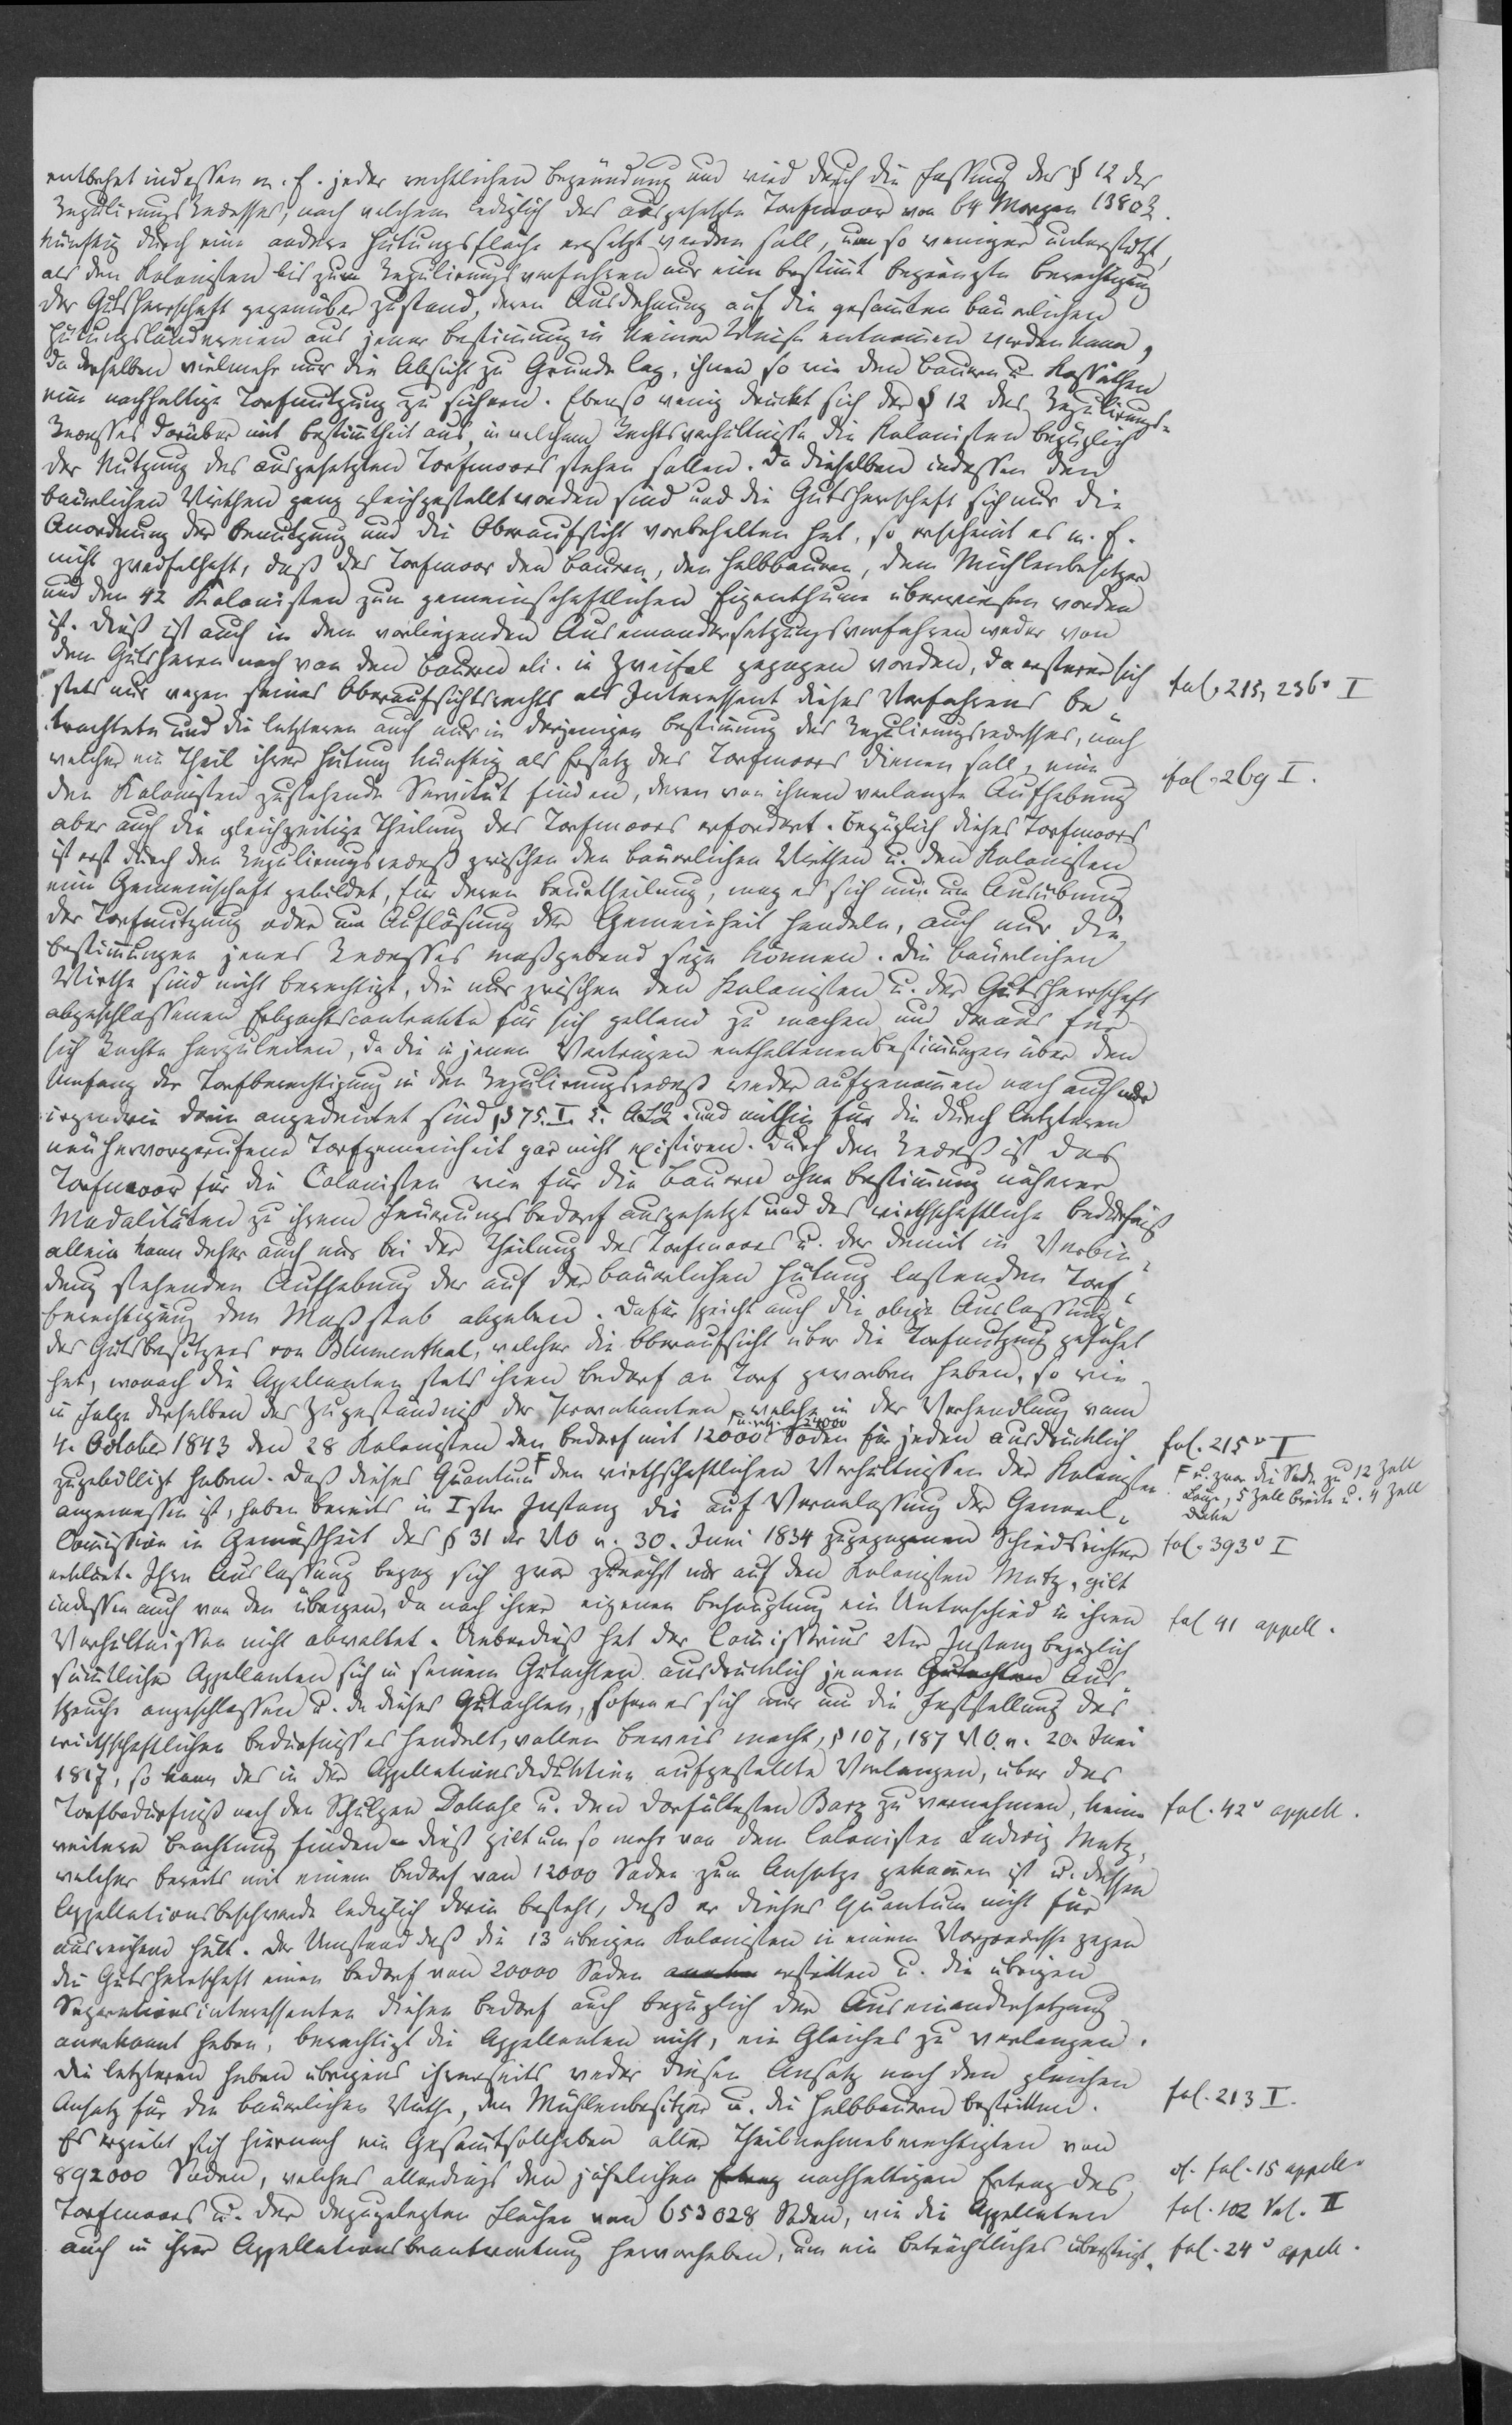
entbehrt indessen m. E. jeder rechtlichen Begründung und wird durch die Fassung des § 12 des
Regulirungsrecesses, nach welchem lediglich das ausgesetzte Torfmoor von 64 Morgen 138 ⁠ R.
künftig durch eine andere Hütungsfläche ersetzt werden soll, um so weniger unterstützt,
als den Kolonisten bis zum Regulirungsverfahren nur eine bestimmt begränzte Berechtigung
der Gutsherrschaft gegenüber zustand, deren Ausdehnung auf die gesammten bäuerlichen
Hütungsländereien aus jener Bestimmung in keiner Weise entnommen werden kann,
da derselben vielmehr nur die Absicht zu Grunde lag, ihnen so wie den Bauern u. Kossäthen
eine nachhaltige Torfnutzung zu sichern. Ebenso wenig drückt sich der § 12 des Regulirungs¬
Recesses darüber mit Bestimmtheit aus, in welchem Rechtsverhältnisse die Kolonisten bezüglich
der Nutzung des ausgesetzten Torfmoors stehen sollen. Da dieselben indessen den
bäuerlichen Wirthen ganz gleichgestellt worden sind und die Gutsherrschaft sich nur die
Anordnung der Benutzung und die Oberaufsicht vorbehalten hat, so erscheint es m. E.
nicht zweifelhaft, daß das Torfmoor den Bauern, den Halbbauern, dem Mühlenbesitzer
und den 42 Kolonisten zum gemeinschaftlichen Eigenthum überwiesen worden
ist. Dieß ist auch in dem vorliegenden Auseinandersetzungsverfahren weder von
dem Gutsherrn noch von den Bauern ali. in Zweifel gezogen worden, da ersterer sich
stets nur wegen seines Oberaufsichtsrechts als Interessent dieses Verfahrens be¬
trachtete und die letzteren auch nur in derjenigen Bestimmung des Regulirungsrecesses, nach
welcher ein Theil ihrer Hütung künftig als Ersatz des Torfmoors dienen soll, eine
den Kolonisten zustehende Servität finden, deren von ihnen verlangte Aufhebung
aber auch die gleichzeitige Theilung des Torfmoors erfordert. Bezüglich dieses Torfmoors
ist erst durch den Regulirungsreceß zwischen den bäuerlichen Wirthen u. den Kolonisten
eine Gemeinschaft gebildet, für deren Beurtheilung, mag es sich nur um Ausübung
der Torfnutzung oder um Auflösung der Gemeinschaft handeln, auch nur die
Bestimmungen jenes Recesses maßgebend seyn können. Die bäuerlichen
Wirthe sind nicht berechtigt, die nur zwischen den Kolonisten u. der Gutsherrschaft
abgeschlossenen Erbpachtscontrakte für sich geltend zu machen und daraus für
sich Rechte herzuleiten, da die in jenen Verträgen enthaltenen Bestimmungen über den
Umfang der Torfberechtigung in den Regulirungsreceß weder aufgenommen noch auch nur
irgendwie darin angedeutet sind § 75. I. 5. ALK. und mithin für die durch letzteren
neu hervorgerufene Torfgemeinheit gar nicht existiren. Durch den Receß ist das
Torfmoor für die Colonisten wie für die Bauern ohne Bestimmung näherer
Modalitäten zu ihrem Feuerungsbedarf ausgesetzt und das wirthschaftliche Bedürfnis
allein kann daher auch nur bei der Theilung des Torfmoors u. der damit in Verbin¬
dung stehenden Aufhebung der auf der bäuerlichen Hütung lastenden Torf¬
berechtigung den Maßstab abgeben. Dafür spricht auch die obige Auslassung
des Gutsbesitzers von Blumenthal, welcher die Oberaufsicht über die Torfnutzung geführt
hat, wonach die Appellanten stets ihren Bedarf an Torf geworben haben, so wie
in Folge derselben das Zugeständniß der Provokanten, welche in der Verhandlung vom
4. October 1843 den 28 Kolonisten den Bedarf mit 12000 u. resp. 24000 Soden für jeden ausdrücklich
zugebilligt haben. Daß dieses Quantum den wirthschaftlichen Verhältnissen der Kolonisten
angemessen ist, haben bereits in Ister Instanz die auf Veranlassung der General¬
Commission in Gemäßheit des § 31 der VO v. 30. Juni 1834 zugezogenen Schiedsrichters
erklärt. Ihre Auslassung bezog sich zwar zunächst nur auf den Kolonisten Mutz, gilt
indessen auch von den übrigen, da nach ihrer eigenen Behauptung ein Unterschied in ihren
Verhältnissen nicht obwaltet. Ueberdieß hat der Commissarius 2ter Instanz bezüglich
sämmtlicher Appellanten sich in seinem Gutachten ausdrücklich jenen Gutachten Aus¬
spruch ausgeschlossen u. da dieses Gutachten, sofern es sich nur um die Feststellung des
wirthschaftlichen Bedürfnisses handelt, vollen Beweis macht, § 107, 187 VO v. 20. Juni
1817, so kann das in der Appellationsdeduktion aufgestellte Verlangen, über das
Torfbedürfnis noch den Schulzen Dokahe u. den Dorfältesten Barz zu vernehmen, keine
weitere Beachtung finden. Dieß gilt um so mehr von dem Colonisten Ludwig Mutz,
welcher bereits mit einem Bedarf von 12000 Soden zum Ansatze gekommen ist u. dessen
Appellationsbeschwerde lediglich darin besteht, daß er dieses Quantum nicht für
ausreichend hält. Der Umstand daß die 13 übrigen Kolonisten in einem xxx gegen
die Gutsherrschaft einen Bedarf von 20000 Soden xxx erbitten u. die übrigen
Separationsinteressenten diesen Bedarf auch bezüglich der Auseinandersetzung
anerkannt haben, berechtigt die Appellanten nicht, ein Gleiches zu verlangen.
Die letzteren haben übrigens ihrerseits weder diesen Ansatz noch den gleichen
Ansatz für die bäuerlichen Wirthe, den Mühlenbesitzer u. die Halbbauern bestritten.
Es ergibt sich hiernach ein Gesammtsollhaben aller Theilnahmeberechtigten von
892000 Soden, welches allerdings den jährlichen Ertrag nachhaltigen Ertrag des
Torfmoors u. der dazugelegten Flächen von 653028 Soden, wie die Appellanten
auch in ihrer Appellationsbeantwortung hervorheben, um ein Beträchtliches übersteigt

fol. 215, 236v I
fol. 269 I.
fol. 215v I
u. zwar die Sode zu 12 Zoll
Länge, 5 Zoll Breite u. 4 Zoll
Dicke
fol. 393v I
fol 41 appell.
fol. 42v appell.
fol. 213 I.
cf. fol. 15 appell.
fol. 102 Vol. II
fol. 24v appell.